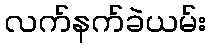
လက်နက်ခဲယမ်း